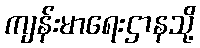
ကျန်းမာရေးဌာနသို့